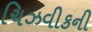
ચિઝવીકની